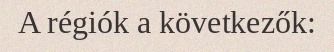
A régiók a következők: